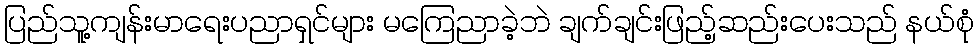
ပြည်သူ့ကျန်းမာရေးပညာရှင်များ မကြေညာခဲ့ဘဲ ချက်ချင်းဖြည့်ဆည်းပေးသည် နယ်စုံ